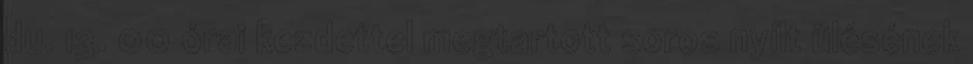
du. 13. 00 órai kezdettel megtartott soros nyílt ülésének